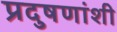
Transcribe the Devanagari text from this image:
प्रदुषणांशी